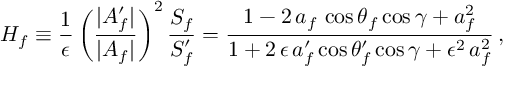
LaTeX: H _ { f } \equiv \frac { 1 } { \epsilon } \left( \frac { | { \cal A } _ { f } ^ { \prime } | } { | { \cal A } _ { f } | } \right) ^ { 2 } \frac { S _ { f } } { S _ { f } ^ { \prime } } = \frac { 1 - 2 \, a _ { f } \, \cos \theta _ { f } \cos \gamma + a _ { f } ^ { 2 } } { 1 + 2 \, \epsilon \, a _ { f } ^ { \prime } \cos \theta _ { f } ^ { \prime } \cos \gamma + \epsilon ^ { 2 } \, a _ { f } ^ { 2 } } \, ,